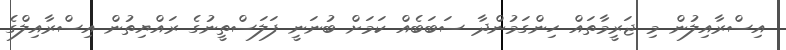
އިސްރާއިލުން މި ޖަރީމާތައް ހިންގަމުންދާ ސަބަބެއް ކަމަށް ބުނަނީ ފަލަސްތީނުގެ ރައްޔިތުން އިސްރާއިލްގެ